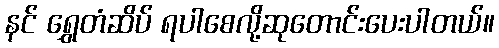
နင် ရွှေတံဆိပ် ရပါစေလို့ဆုတောင်းပေးပါတယ်။